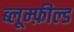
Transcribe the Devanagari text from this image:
ब्लूम्फ़ील्ड